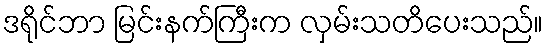
ဒရိုင်ဘာ မြင်းနက်ကြီးက လှမ်းသတိပေးသည်။